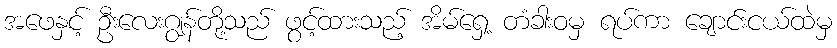
အဖေနှင့် ဦးလေးဂျွန်တို့သည် ဖွင့်ထားသည့် အိမ်ရှေ့ တံခါးဝမှ ရပ်ကာ ချောင်းငယ်ထဲမှ